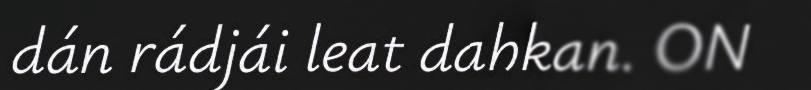
dán rádjái leat dahkan. ON